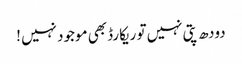
دودھ پتی نہیں تو ریکارڈ بھی موجود نہیں !